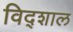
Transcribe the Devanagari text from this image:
विद्शाल